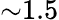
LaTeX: {\sim}1.5